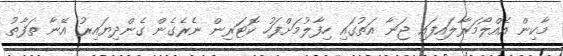
މާކިން އެއްލޯމަރާލައިފައި ޖަނާ އަތުގައި ހިފާލުމަށްފަހު ކޮޓަރިން ނެރެގެން ގެންދިޔައިރު އޭނާ ތަފާތު